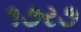
૧૭ર૭